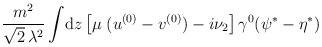
LaTeX: \begin{align*}\frac{m^2}{\sqrt{2}\,\lambda^2}\int \!{\rm d}z\left[\mu\;(u^{(0)}-v^{(0)})-i\nu_2\right] \gamma^0 (\psi^* -\eta^*)\end{align*}